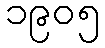
၁၉၀၅